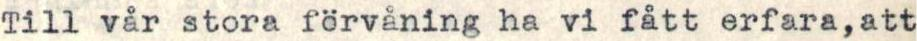
Till vår stora förvåning ha vi fått erfara,att